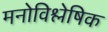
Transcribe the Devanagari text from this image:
मनोविश्लेषिक